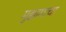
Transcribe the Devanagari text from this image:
मुक्कामाचा